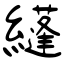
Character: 纄